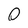
Character: O